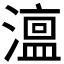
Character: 𭲳